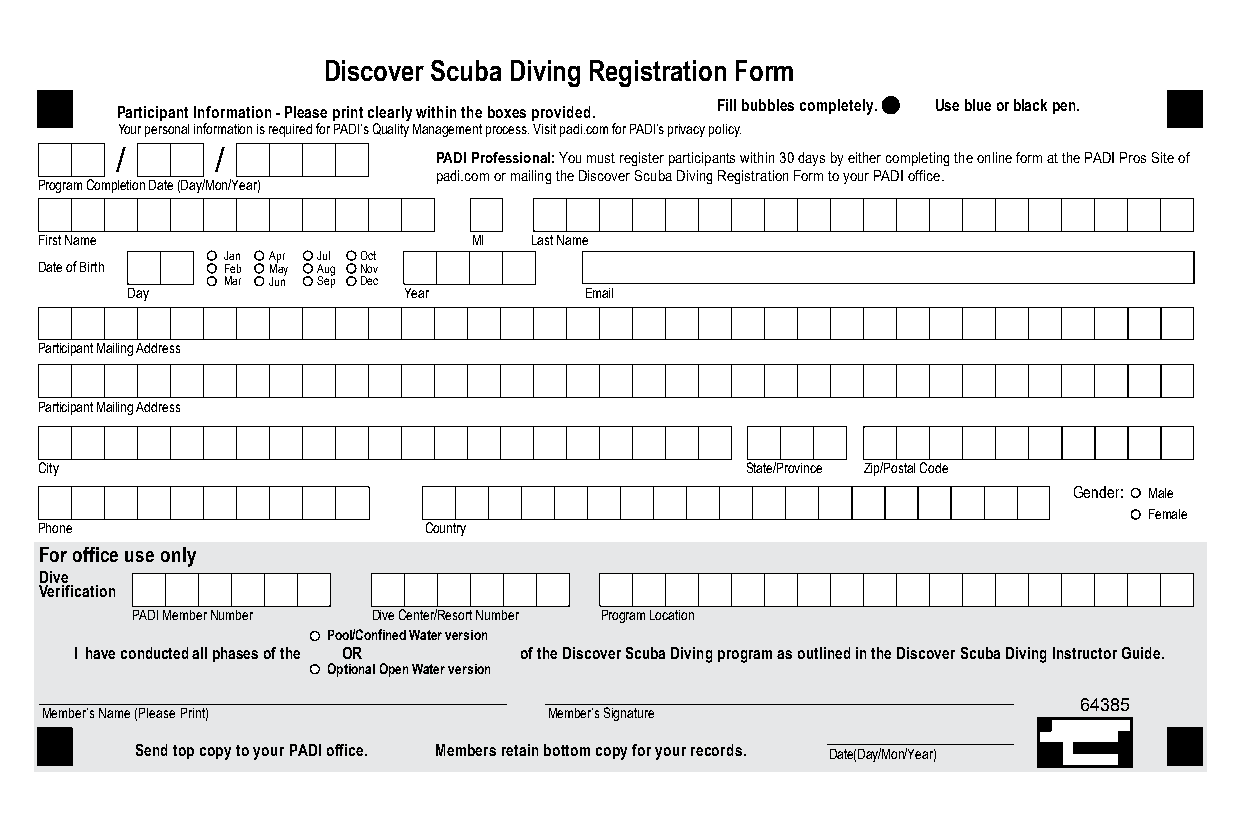
Discover Scuba Diving Registration Form
 Participant Information - Please print clearly within the boxes provided. Fill bubbles completely. Use blue or black pen.
 Your personal information is required for PADI’s Quality Management process. Visit padi.com for PADI’s privacy policy.
 /     /              PADI Professional: You must register participants within 30 days by either completing the online form at the PADI Pros Site of
 padi.com or mailing the Discover Scuba Diving Registration Form to your PADI office.
 Program Completion Date (Day/Mon/Year)
 First Name                  MI  Last Name
 Jan Apr Jul Oct
 Date of Birth Feb May Aug Nov
 Mar Jun Sep Dec
 Day                Year        Email
 Participant Mailing Address
 Participant Mailing Address
 City                                          State/Province Zip/Postal Code
 Gender: Male
 Female
 Phone                    Country
 For office use only
 Dive
 Verification
 PADI Member Number Dive Center/Resort Number Program Location
 Pool/Confined Water version
 I have conducted all phases of the OR of the Discover Scuba Diving program as outlined in the Discover Scuba Diving Instructor Guide.
 Optional Open Water version
 64385
 Member’s Name (Please Print)     Member’s Signature
 Send top copy to your PADI office. Members retain bottom copy for your records. Date(Day/Mon/Year)